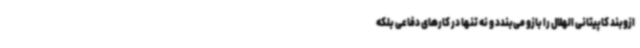
ازوبند کاپیتانی الهلال را بازو می‌بندد و نه تنها در کارهای دفاعی بلکه